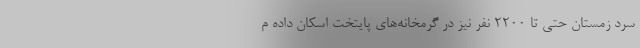
سرد زمستان حتی تا 2200 نفر نیز در گرمخانه‌های پایتخت اسکان داده م